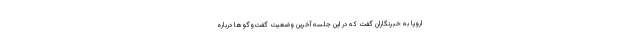
اروپا به خبرنگاران گفت که در این جلسه آخرین وضعیت گفت‌وگوها درباره